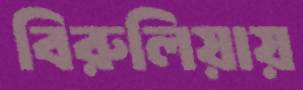
বিরুলিয়ায়